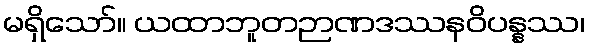
မရှိသော်။ ယထာဘူတဉာဏဒဿနဝိပန္နဿ၊